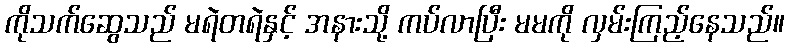
ကိုသက်ဆွေသည် မရဲတရဲနှင့် အနားသို့ ကပ်လာပြီး မမကို လှမ်းကြည့်နေသည်။